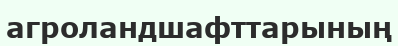
агроландшафттарының